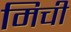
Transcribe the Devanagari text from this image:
मिची